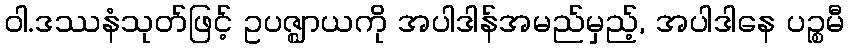
ဝါ.ဒဿနံသုတ်ဖြင့် ဥပဇ္ဈာယကို အပါဒါန်အမည်မှည့်, အပါဒါနေ ပဉ္စမီ